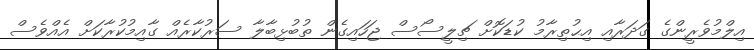
އިލްމުވެރީންގެ ގަދަރާއި އިޙުތިރާމު ކުޑަކޮށް ޗިލީސޯސް ޖަހައިގެން ތުބުޅިބާލާ ސަރުކާރެއް ގާއިމުކުރާކަށް އެއްވެސް